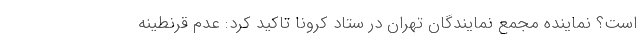
است؟ نماینده مجمع نمایندگان تهران در ستاد کرونا تاکید کرد: عدم قرنطینه